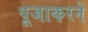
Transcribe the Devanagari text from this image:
पूजाकरने